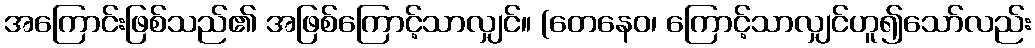
အကြောင်းဖြစ်သည်၏ အဖြစ်ကြောင့်သာလျှင်။ (တေနေဝ၊ ကြောင့်သာလျှင်ဟူ၍သော်လည်း